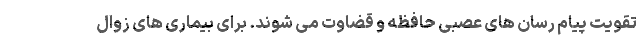
تقویت پیام رسان های عصبی حافظه و قضاوت می شوند. برای بیماری های زوال